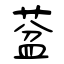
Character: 葐